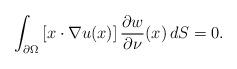
LaTeX: \begin{align*}\int_{\partial \Omega} \left[x \cdot \nabla u (x)\right] \frac{\partial w}{\partial \nu}(x) \, dS = 0.\end{align*}